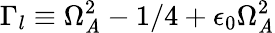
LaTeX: \Gamma_{l}\equiv\Omega_{\mathit{A}}^{2}-1/4+\epsilon_{0}\Omega_{\mathit{A}}^{2}